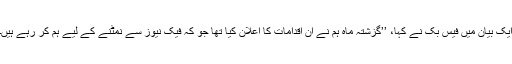
ایک بیان میں فیس بک نے کہا، ’’گزشتہ ماہ ہم نے ان اقدامات کا اعلان کیا تھا جو کہ فیک نیوز سے نمٹنے کے لیے ہم کر رہے ہیں۔